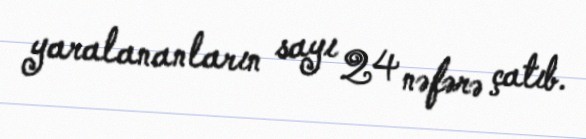
yaralananların sayı 24 nəfərə çatıb.